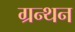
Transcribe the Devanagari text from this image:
ग्रन्थन